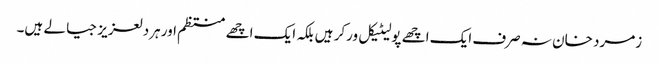
زمرد خان نہ صرف ایک اچھے پولیٹیکل ورکر ہیں بلکہ ایک اچھے منتظم اور ہردلعزیز جیالے ہیں۔